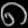
Digit: ၈